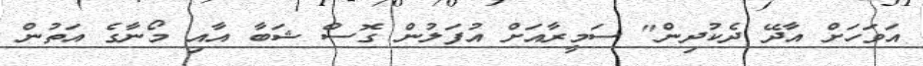
އަވަހަށް އާދޭ ދެކުދިން" ސަމީރާއަށް އުފަލުން ގޮސް ޝަބާ އާއި މޯނާގެ އަތުން